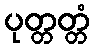
ပုတ္တတ္တံ